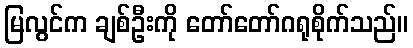
မြလွင်က ချစ်ဦးကို တော်တော်ဂရုစိုက်သည်။